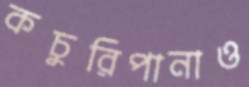
কচুরিপানাও